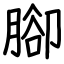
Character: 腳